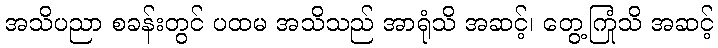
အသိပညာ စခန်းတွင် ပထမ အသိသည် အာရုံသိ အဆင့်၊ တွေ့ကြုံသိ အဆင့်